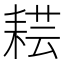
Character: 𦓷